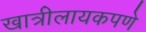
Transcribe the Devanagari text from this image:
खात्रीलायकपणे